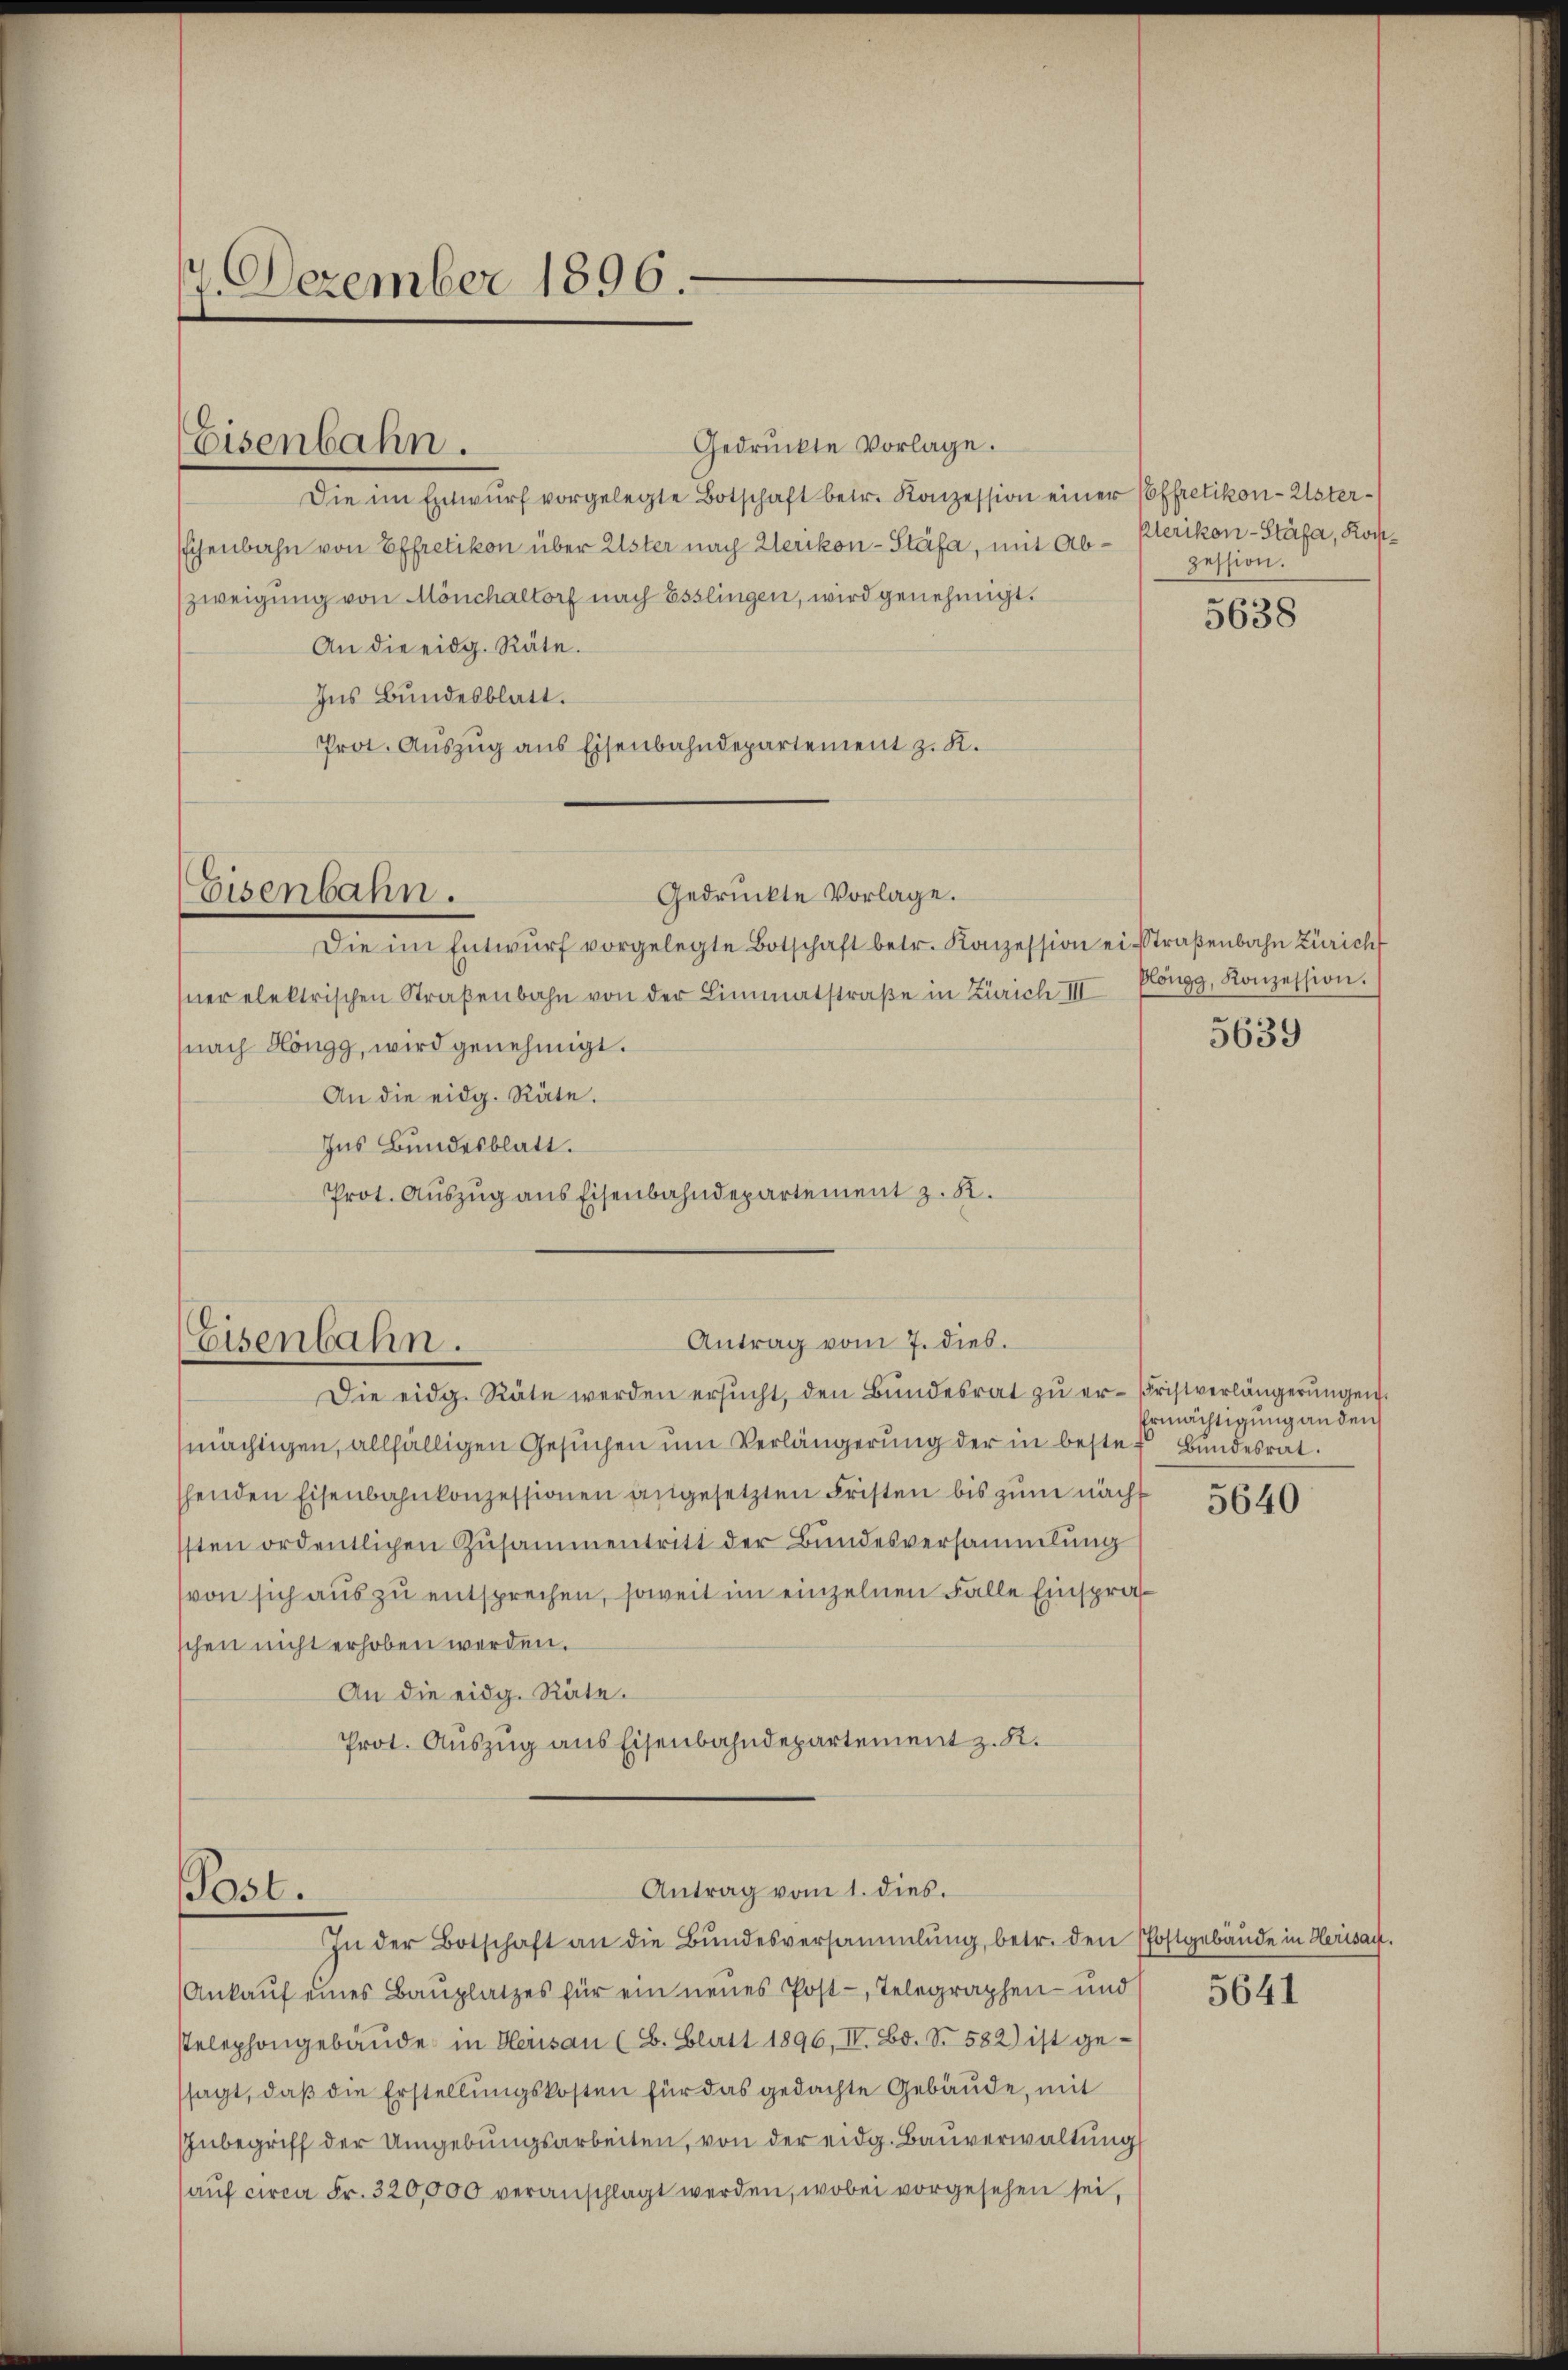
1 Dezember 1896.

Eisenbahn.

Gedrückte Vorlage.
Die im Entwŭrf vorgelegte Botschaft betr. Konzession einer Effretikon-Usterschenbahn von Effretikon über Uster nach Werikon-Stäfa, mit Abzweigung von Mönchaltorf nach Esslingen, wird genehmigt.
An die eidg. Räte.
Ins Bundesblatt.
Prot. Auszug aus Eisenbahndepartement z. K.
Gedruckte Vorlage.
Eisenbahn.
Die im Entwŭrf vorgelegte Botschaft betr. Konzession eisstraßenbahn Züricht
sner elektrischen Straβenbahn von der Limmatstraβe in Zürich III Pöngg, Konzession.
(nach Höngg, wird genehmigt.
An die eidg. Räte.
Ins Bundesblatt.
Prot. Auszug aus Eisenbahndepartement z. B.

Antrag vom 7. dies.
Eisenbahn.

Antrag vom 1. dies.
Post.
In der Botschaft an die Bŭndesversammlung, betr. den Postgebäude in Herisau.

klerikon-Stäfa, Kostzession.

Die eidg. Räte werden ersŭcht, den Bŭndesrat zŭ er-Fristverlängerŭngen.
mächtigen, allfälligen Gesuchen um Verlängerung der in bester Bundesrat
shenden Eisenbahnkonzessionen angesetzten Fristen bis zum nacht
sten ordentlichen Zusammentritt der Bundesversammlung
von sich aus zu entsprechen, soweit im einzelnen Falle Einspra
schen nicht erhoben werden.
An die eidg. Räte.
Prot. Auszug aus Eisenbahndepartement z. R.

Ankaŭf eines Baŭplatzes für ein neues Post-, Telegraphen- und 564
stelephongebäŭde in Herisau (B. Blatt 1896, IV. Ed. S. 582) ist ge-
sagt, daβ die Erstellungskosten für das gedachte Gebäude, mit
Inbegriff der Umgebungsarbeiten, von der eidg. Bauverwaltung
aŭf circa Fr. 320,000 veranschlagt werden, wobei vorgesehen sei,

5638

5639

Ermächtigung an den
5640